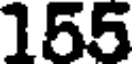
155